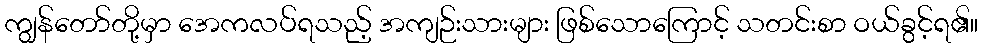
ကျွန်တော်တို့မှာ အေကလပ်ရသည့် အကျဉ်းသားများ ဖြစ်သောကြောင့် သတင်းစာ ဝယ်ခွင့်ရ၏။